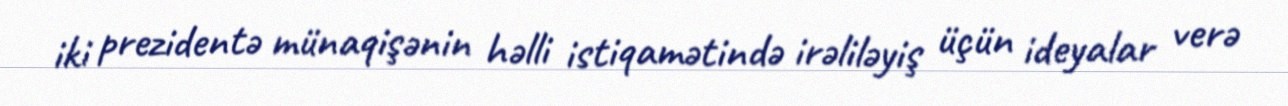
iki prezidentə münaqişənin həlli istiqamətində irəliləyiş üçün ideyalar verə